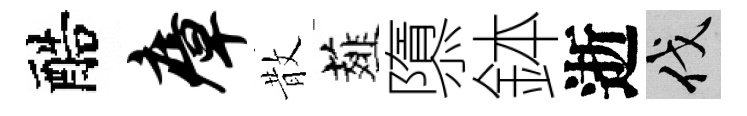
醅瘴散薤隳鉢逝伐